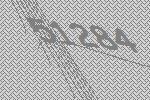
51284